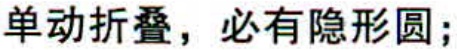
单动折叠，必有隐形圆;